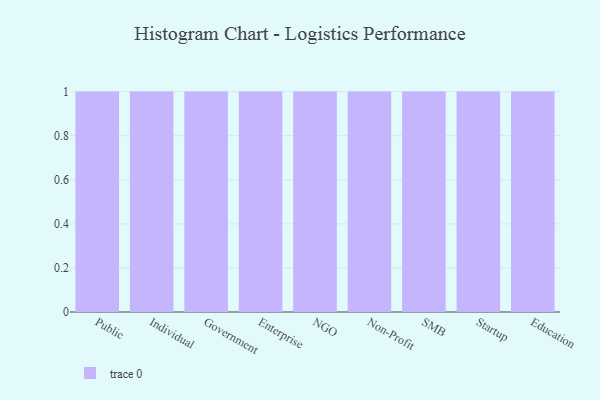
{"axis": {"x": "Segment", "y": "Headcount"}, "legend": [""], "data": [{"x": "Public", "y": 39, "type": ""}, {"x": "Individual", "y": 39, "type": ""}, {"x": "Government", "y": 89, "type": ""}, {"x": "Enterprise", "y": 93, "type": ""}, {"x": "NGO", "y": 44, "type": ""}, {"x": "Non-Profit", "y": 37, "type": ""}, {"x": "SMB", "y": 44, "type": ""}, {"x": "Startup", "y": 69, "type": ""}, {"x": "Education", "y": 91, "type": ""}]}